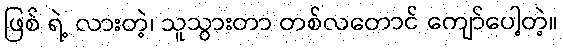
ဖြစ် ရဲ့ လားတဲ့၊ သူသွားတာ တစ်လတောင် ကျော်ပေါ့တဲ့။